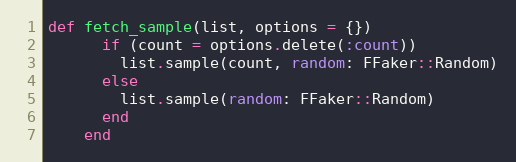
Language: Ruby
def fetch_sample(list, options = {})
      if (count = options.delete(:count))
        list.sample(count, random: FFaker::Random)
      else
        list.sample(random: FFaker::Random)
      end
    end